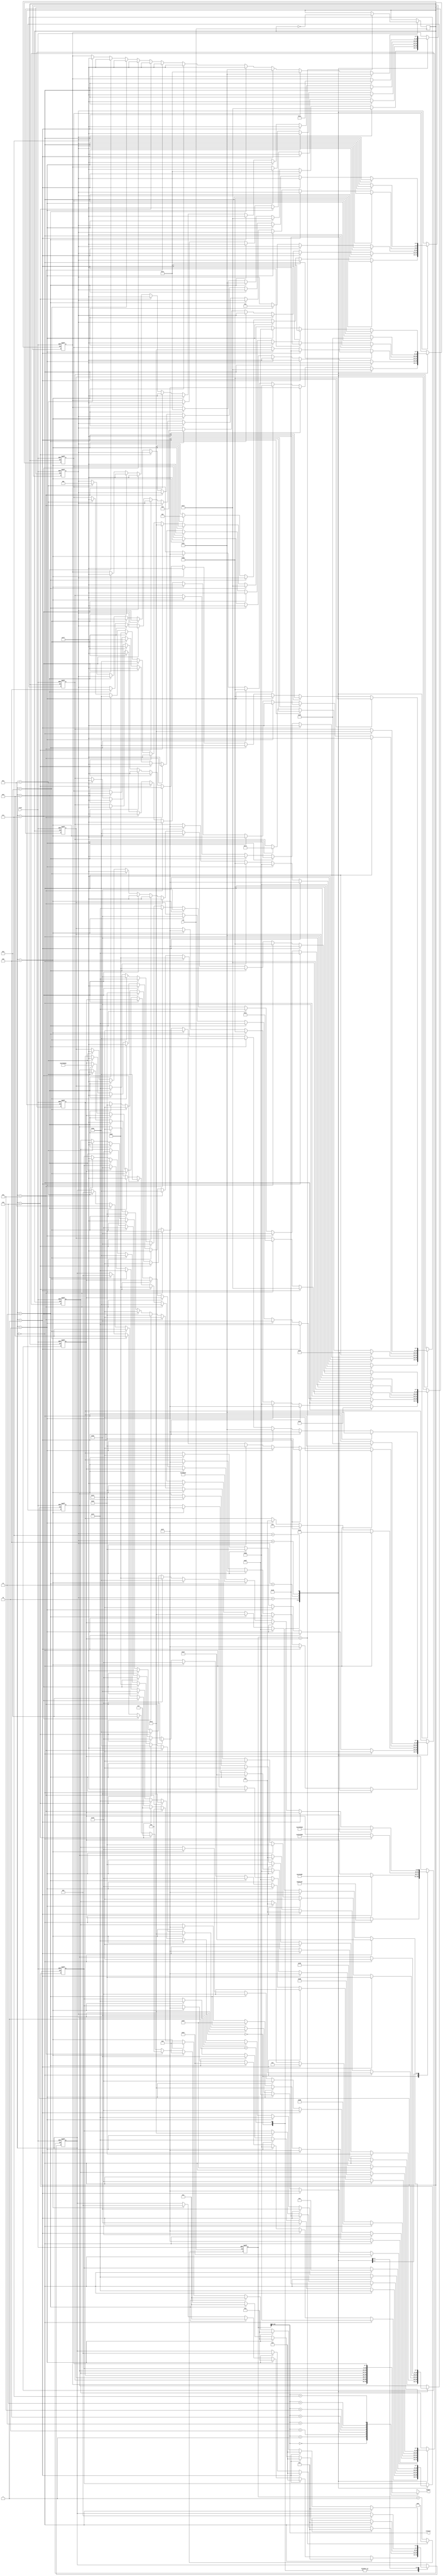
module matrix8x8Rotate(clk,reset,segout,scanout);

input clk, reset;
output reg[7:0] segout;
output reg[2:0] scanout;
reg clk1;
reg [25:0] cnt_scan;
reg [25:0] clk_num = 12500000;
reg [7:0] q[0:7];

reg [2:0] Mode = 0; //000:start
reg [3:0] mode = 0;


//------------------ clock running -----------------------
	always@(posedge clk or negedge reset) begin
		if(!reset) begin
			cnt_scan<=0;
		end
		else begin
			cnt_scan<=cnt_scan+1;
			if(cnt_scan == clk_num) begin
				cnt_scan <=0;
				clk1 = ~clk1;
			end
		end
	end
//---------modify display digit ----------
	always @(posedge clk1, negedge reset) begin
		if (reset == 0) begin
			// reset matrix
			q[0] = 8'b11111111; q[1] = 8'b11111111; q[2] = 8'b11111111; q[3] = 8'b11111111;
			q[4] = 8'b11111111; q[5] = 8'b11111111; q[6] = 8'b11111111; q[7] = 8'b11111111;
			// reset mode&clock
			Mode <= 3'b000;
			mode <= 0;
			clk_num <= 12500000;
		end
		else begin
		
			case(Mode)
			
				3'b000://START
					if(mode==0)begin//S
						clk_num <= 12500000;
						q[0] = 8'b11100111;
						q[1] = 8'b11011011;
						q[2] = 8'b11011111;
						q[3] = 8'b11101111;
						q[4] = 8'b11110111;
						q[5] = 8'b11111011;
						q[6] = 8'b11011011;
						q[7] = 8'b11100111;
						mode <=1;
					end
					else if(mode==1)begin//T
						q[0] = 8'b11000001;
						q[1] = 8'b11110111;
						q[2] = 8'b11110111;
						q[3] = 8'b11110111;
						q[4] = 8'b11110111;
						q[5] = 8'b11110111;
						q[6] = 8'b11110111;
						q[7] = 8'b11110111;
						mode <=2;
					end
					else if(mode==2)begin//A
						q[0] = 8'b11100111;
						q[1] = 8'b11011011;
						q[2] = 8'b11011011;
						q[3] = 8'b11011011;
						q[4] = 8'b11000011;
						q[5] = 8'b11011011;
						q[6] = 8'b11011011;
						q[7] = 8'b11011011;
						mode <=3;
					end
					else if(mode==3)begin//R
						q[0] = 8'b10000111;
						q[1] = 8'b10111011;
						q[2] = 8'b10111011;
						q[3] = 8'b10000111;
						q[4] = 8'b10011111;
						q[5] = 8'b10101111;
						q[6] = 8'b10110111;
						q[7] = 8'b10111011;
						mode <=4;
					end
					else if(mode==4)begin//T
						q[0] = 8'b11000001;
						q[1] = 8'b11110111;
						q[2] = 8'b11110111;
						q[3] = 8'b11110111;
						q[4] = 8'b11110111;
						q[5] = 8'b11110111;
						q[6] = 8'b11110111;
						q[7] = 8'b11110111;
						Mode <= 3'b001;
						mode <=0;
					end
				
				3'b001: //fish slow
					if(mode==0)begin 
						q[0] = 8'b11111111;
						q[1] = 8'b11111111;
						q[2] = 8'b10001110;
						q[3] = 8'b01110100;
						q[4] = 8'b01111000;
						q[5] = 8'b10000100;
						q[6] = 8'b11111110;
						q[7] = 8'b11111111;
						mode <=1;
					end
					else if(mode==1)begin 
						q[0] = 8'b11111111;
						q[1] = 8'b11111111;
						q[2] = 8'b11111110;
						q[3] = 8'b10000100;
						q[4] = 8'b01111000;
						q[5] = 8'b01110100;
						q[6] = 8'b10001110;
						q[7] = 8'b11111111;
						mode <=2;
					end
					else if(mode==2)begin 
						q[0] = 8'b11111111;
						q[1] = 8'b11111111;
						q[2] = 8'b10001110;
						q[3] = 8'b01110100;
						q[4] = 8'b01111000;
						q[5] = 8'b10000100;
						q[6] = 8'b11111110;
						q[7] = 8'b11111111;
						mode <=3;
					end
					else if(mode==3)begin 
						q[0] = 8'b11111111;
						q[1] = 8'b11111111;
						q[2] = 8'b11111110;
						q[3] = 8'b10000100;
						q[4] = 8'b01111000;
						q[5] = 8'b01110100;
						q[6] = 8'b10001110;
						q[7] = 8'b11111111;
						mode <=4;
					end
					else if(mode==4)begin 
						q[0] = 8'b11111111;
						q[1] = 8'b11111111;
						q[2] = 8'b10001110;
						q[3] = 8'b01110100;
						q[4] = 8'b01111000;
						q[5] = 8'b10000100;
						q[6] = 8'b11111110;
						q[7] = 8'b11111111;
						Mode <= 3'b010;
						mode <=0;
					end
				
				3'b010: //cat
					if(mode==0)begin 
						q[0] = 8'b11111111;
						q[1] = 8'b11101111;
						q[2] = 8'b11100111;
						q[3] = 8'b11000000;
						q[4] = 8'b10000000;
						q[5] = 8'b00000000;
						q[6] = 8'b00011000;
						q[7] = 8'b00011000;
						mode <=1;
					end
					else if(mode==1)begin 
						q[0] = 8'b11111111;
						q[1] = 8'b11110111;
						q[2] = 8'b11100111;
						q[3] = 8'b00000011;
						q[4] = 8'b00000001;
						q[5] = 8'b00000000;
						q[6] = 8'b00011000;
						q[7] = 8'b00011000;
						mode <=2;
					end
					else if(mode==2)begin 
						q[0] = 8'b11111111;
						q[1] = 8'b01111110;
						q[2] = 8'b00111100;
						q[3] = 8'b00000000;
						q[4] = 8'b00000000;
						q[5] = 8'b00000000;
						q[6] = 8'b11000011;
						q[7] = 8'b11000011;
						Mode <= 3'b011;
						mode <=0;
					end
				
				3'b011: //fish fast
					if(mode==0)begin
						clk_num <= 1250000;
						q[0] = 8'b11111111;
						q[1] = 8'b11111111;
						q[2] = 8'b10001110;
						q[3] = 8'b01110100;
						q[4] = 8'b01111000;
						q[5] = 8'b10000100;
						q[6] = 8'b11111110;
						q[7] = 8'b11111111;
						mode <=1;
					end
					else if(mode==1)begin 
						q[0] = 8'b11111111;
						q[1] = 8'b11111111;
						q[2] = 8'b11111110;
						q[3] = 8'b10000100;
						q[4] = 8'b01111000;
						q[5] = 8'b01110100;
						q[6] = 8'b10001110;
						q[7] = 8'b11111111;
						mode <=2;
					end
					else if(mode==2)begin 
						q[0] = 8'b11111111;
						q[1] = 8'b11111111;
						q[2] = 8'b10001110;
						q[3] = 8'b01110100;
						q[4] = 8'b01111000;
						q[5] = 8'b10000100;
						q[6] = 8'b11111110;
						q[7] = 8'b11111111;
						mode <=3;
					end
					else if(mode==3)begin 
						q[0] = 8'b11111111;
						q[1] = 8'b11111111;
						q[2] = 8'b11111110;
						q[3] = 8'b10000100;
						q[4] = 8'b01111000;
						q[5] = 8'b01110100;
						q[6] = 8'b10001110;
						q[7] = 8'b11111111;
						mode <=4;
					end
					else if(mode==4)begin 
						q[0] = 8'b11111111;
						q[1] = 8'b11111111;
						q[2] = 8'b10001110;
						q[3] = 8'b01110100;
						q[4] = 8'b01111000;
						q[5] = 8'b10000100;
						q[6] = 8'b11111110;
						q[7] = 8'b11111111;
						mode <=5;
					end
					else if(mode==5)begin 
						q[0] = 8'b11111111;
						q[1] = 8'b11111111;
						q[2] = 8'b11111110;
						q[3] = 8'b10000100;
						q[4] = 8'b01111000;
						q[5] = 8'b01110100;
						q[6] = 8'b10001110;
						q[7] = 8'b11111111;
						mode <=6;
					end
					else if(mode==6)begin 
						q[0] = 8'b11111111;
						q[1] = 8'b11111111;
						q[2] = 8'b10001110;
						q[3] = 8'b01110100;
						q[4] = 8'b01111000;
						q[5] = 8'b10000100;
						q[6] = 8'b11111110;
						q[7] = 8'b11111111;
						mode <=7;
					end
					else if(mode==7)begin 
						q[0] = 8'b11111111;
						q[1] = 8'b11111111;
						q[2] = 8'b11111110;
						q[3] = 8'b10000100;
						q[4] = 8'b01111000;
						q[5] = 8'b01110100;
						q[6] = 8'b10001110;
						q[7] = 8'b11111111;
						mode <=8;
					end
					else if(mode==8)begin 
						q[0] = 8'b11111111;
						q[1] = 8'b11111111;
						q[2] = 8'b10001110;
						q[3] = 8'b01110100;
						q[4] = 8'b01111000;
						q[5] = 8'b10000100;
						q[6] = 8'b11111110;
						q[7] = 8'b11111111;
						mode <=9;
					end
					else if(mode==9)begin 
						q[0] = 8'b11111111;
						q[1] = 8'b11111111;
						q[2] = 8'b11111110;
						q[3] = 8'b10000100;
						q[4] = 8'b01111000;
						q[5] = 8'b01110100;
						q[6] = 8'b10001110;
						q[7] = 8'b11111111;
						Mode <= 3'b100;
						mode <=0;
					end
				
				3'b100: //fish dead
					if(mode==0)begin
						clk_num <= 50000000;
						q[0] = 8'b11100001;
						q[1] = 8'b11000011;
						q[2] = 8'b10000111;
						q[3] = 8'b10001111;
						q[4] = 8'b11011000;
						q[5] = 8'b01110100;
						q[6] = 8'b00001110;
						q[7] = 8'b10001111;
						Mode <=3'b111;
						mode <=0;
					end
				
				3'b111: //RIP
					if(mode==0) begin//R
						clk_num <= 25000000;
						q[0] = 8'b10000111;
						q[1] = 8'b10111011;
						q[2] = 8'b10111011;
						q[3] = 8'b10000111;
						q[4] = 8'b10011111;
						q[5] = 8'b10101111;
						q[6] = 8'b10110111;
						q[7] = 8'b10111011;
						mode <=1;
					end
					else if(mode==1) begin//I
						q[0] = 8'b11000001;
						q[1] = 8'b11110111;
						q[2] = 8'b11110111;
						q[3] = 8'b11110111;
						q[4] = 8'b11110111;
						q[5] = 8'b11110111;
						q[6] = 8'b11110111;
						q[7] = 8'b11000001;
						mode <=2;
					end
					else if(mode==2) begin//P
						q[0] = 8'b10000111;
						q[1] = 8'b10111011;
						q[2] = 8'b10111011;
						q[3] = 8'b10000111;
						q[4] = 8'b10111111;
						q[5] = 8'b10111111;
						q[6] = 8'b10111111;
						q[7] = 8'b10111111;
						mode <=3;
					end
					else if(mode==3) begin//end
						clk_num <= 75000000;
						q[0] = 8'b11111111;
						q[1] = 8'b01011010;
						q[2] = 8'b10111101;
						q[3] = 8'b01011010;
						q[4] = 8'b11111111;
						q[5] = 8'b11000011;
						q[6] = 8'b11000011;
						q[7] = 8'b11100111;
						mode <=4;
					end
					else if(mode==4) begin
						q[0] = 8'b11111111;
						q[1] = 8'b11111111;
						q[2] = 8'b01011010;
						q[3] = 8'b10111101;
						q[4] = 8'b01011010;
						q[5] = 8'b11111111;
						q[6] = 8'b11000011;
						q[7] = 8'b11000011;
						mode <=5;
					end
					else if(mode==5) begin
						q[0] = 8'b11111111;
						q[1] = 8'b11111111;
						q[2] = 8'b11111111;
						q[3] = 8'b01011010;
						q[4] = 8'b10111101;
						q[5] = 8'b01011010;
						q[6] = 8'b11111111;
						q[7] = 8'b11000011;
						mode <=6;
					end
					else if(mode==6) begin
						q[0] = 8'b11111111;
						q[1] = 8'b11111111;
						q[2] = 8'b11111111;
						q[3] = 8'b11111111;
						q[4] = 8'b01011010;
						q[5] = 8'b10111101;
						q[6] = 8'b01011010;
						q[7] = 8'b11111111;
						mode <=7;
					end
					else if(mode==7) begin
						q[0] = 8'b11111111;
						q[1] = 8'b11111111;
						q[2] = 8'b11111111;
						q[3] = 8'b11111111;
						q[4] = 8'b11111111;
						q[5] = 8'b01011010;
						q[6] = 8'b10111101;
						q[7] = 8'b01011010;
						mode <=8;
					end
					else if(mode==8) begin
						q[0] = 8'b11111111;
						q[1] = 8'b11111111;
						q[2] = 8'b11111111;
						q[3] = 8'b11111111;
						q[4] = 8'b11111111;
						q[5] = 8'b11111111;
						q[6] = 8'b01011010;
						q[7] = 8'b10111101;
						mode <=9;
					end
					else if(mode==9) begin
						q[0] = 8'b11111111;
						q[1] = 8'b11111111;
						q[2] = 8'b11111111;
						q[3] = 8'b11111111;
						q[4] = 8'b11111111;
						q[5] = 8'b11111111;
						q[6] = 8'b11111111;
						q[7] = 8'b01011010;
						mode <=10;
					end
					else if(mode==10) begin
						clk_num <= 125000000;
						q[0] = 8'b11111111;
						q[1] = 8'b11111111;
						q[2] = 8'b11111111;
						q[3] = 8'b11111111;
						q[4] = 8'b11111111;
						q[5] = 8'b11111111;
						q[6] = 8'b11111111;
						q[7] = 8'b11111111;
						Mode <=3'b000;
						mode <=0;
					end
			endcase
		end
	end
//-----------scan and display -------------
	always@(cnt_scan[15:13]) begin
		scanout <= cnt_scan[15:13];
	end
	
	always@(scanout) begin
		case(scanout)
			0: segout=q[0];
			1: segout=q[1];
			2: segout=q[2];
			3: segout=q[3];
			4: segout=q[4];
			5: segout=q[5];
			6: segout=q[6];
			7: segout=q[7];
			default: segout=8'b11111111;
		endcase 
	end
	
endmodule